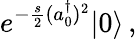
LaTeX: e^{-\frac{s}{2}(a_{0}^{\dagger})^{2}}|0\rangle\, ,